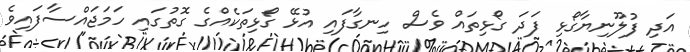
އަދި ފުލޫނިޔާގޯޅި ފަދަ ގޯޅިތައް ވެސް ހިނގާފައި އުޅޭ ގޯޅިތަކެއްގެ ގޮތުގައި ހަމަޖައްސާފައިވެ